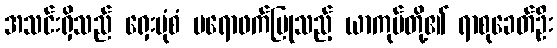
အသင်းရှိသည် ရှေးပုံစံ ပရောဖက်ပြုသည့် ယာကုပ်တို့၏ ရာစုခေတ်ဦး